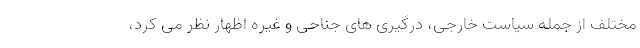
مختلف از جمله سیاست خارجی، درگیری های جناحی و غیره اظهار نظر می کرد،